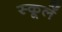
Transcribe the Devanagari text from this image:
स्कूलें